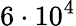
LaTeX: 6\cdot 10^{4}